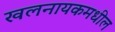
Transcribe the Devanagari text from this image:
खलनायकमधील